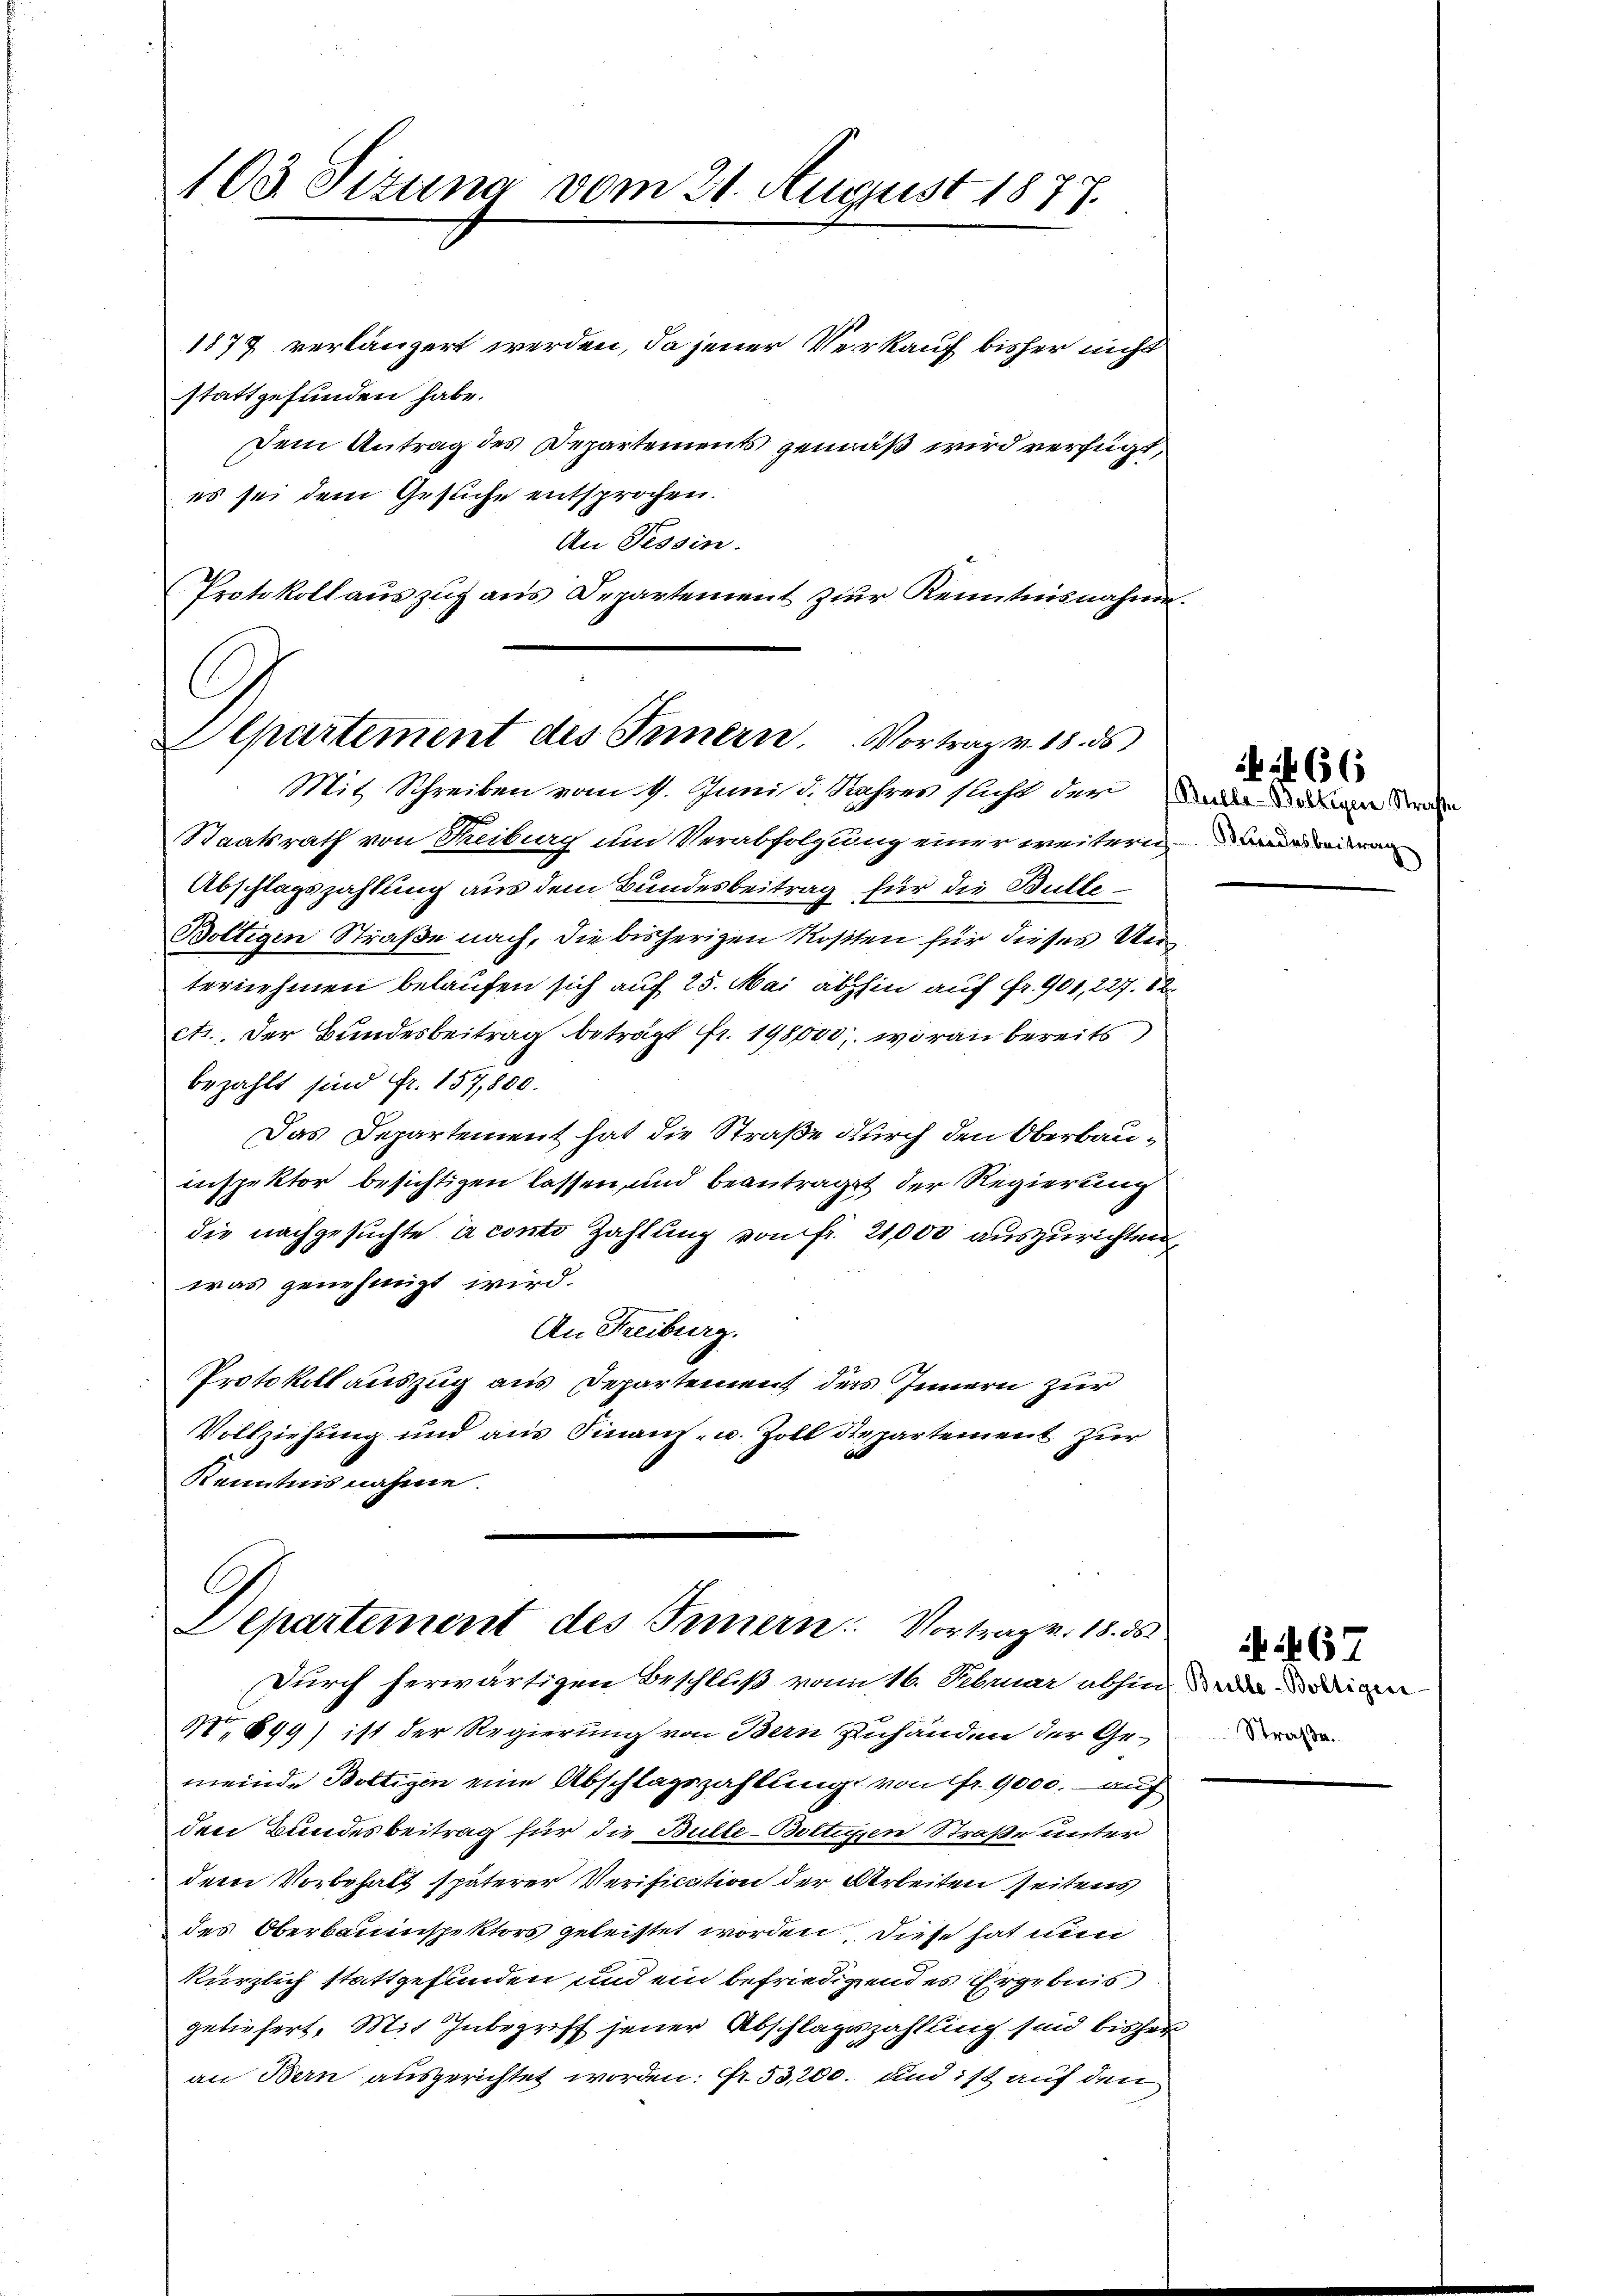
103. Sitzung vom 21. August 1877.
1877 verlängert werden, da jener Verkauf bisher nicht

stattgefunden habe.
Dem Antrag des Departements gemäß wird verfügt,
es sei dem Gesuche entsprochen.
An Tessin.
Protokollaŭszŭg aŭs Departement zur Kenntnisnahme.
C

Mit Schreiben vom 4. Junis d. Jahres sicht der ad da an der
Staatsrath von Freiburg um Verabfolgung einer weitern
Abschlagszahlung aus dem Bundesbeitrag für die Bulle¬
Boltigen Straße nach, die bisherigen Rosten für dieses Unternehmen belaufen sich auf 25. Mai abhin auf Fr. 901, 227. 18
ett. Der Bundesbeitrag beträgt fr. 198000, woran bereits
bezahlt sind fr. 157,800.
Das Departement hat die Straße durch den Oberbauinspektor besichtigen lassen, und beantraget der Regierung
die nachgesuchte à conto Zahlung von fr. 21,000 auszurichten
was genehmigt wird.
An Freiburg.
Protokollauszug aus Departement des Innern zur
Vollziehung und aus Finanz- u. Zoll Repartement zur
Kenntnisnahme.

Alpartement des Innern Vortrag v. 18. ds

C
Lepartement des Innern: Vortrag v. 18. ds.

rindesbeitrag

Durch herwärtigen Beschluß vom 16. Februar abhin ein
N 699) ist der Regierung von Bern zuhänden der Gemeinde Bottigen eine Abschlagszahlung von fr. 9000. auf
den Bundesbeitrag für die Bulle-Boltigen Straße unter
dem Vorbehalt späterer Verification der Arbeiten seitens
des Oberbauinspektors geleistet worden, diese hat nun
kürzlich stattgefunden und ein befriedigendes Ergebnis
geliefert. Mit Inbegriff jener Abschlagszahlung sind bisher
an Bern ausgerichtet worden: Fr. 53,200. sind ist auf den

66

Straße.

67